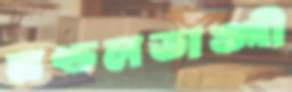
মণ্ডলডাঙ্গী